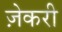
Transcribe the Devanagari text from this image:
ज़ेकरी